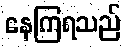
နေကြရသည်